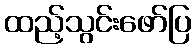
ထည့်သွင်းဖော်ပြ